Civil Veterinary Dept. Bombay admin report 1893-99 - 1893-1899
Year: 1893
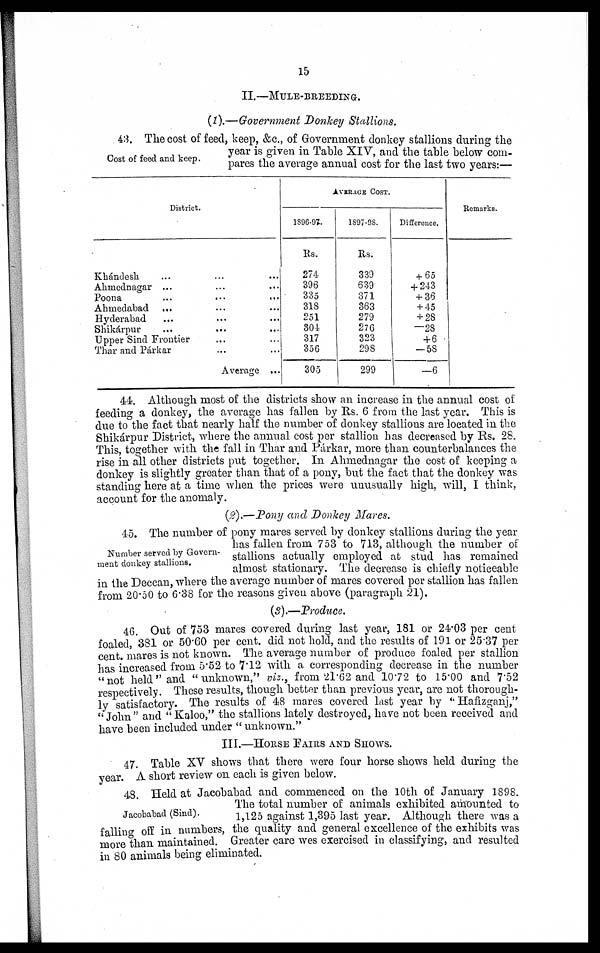
15
II.—MULE-BREEDING.
(1).—Government Donkey Stallions.
Cost of feed and keep.
43. The cost of feed, keep, &c., of Government donkey stallions during the
year is given in Table XIV, and the table below com-
pares the average annual cost for the last two years:—
District.
Khándesh ... ... ...
Ahmednagar ... ... ...
Poona
... ... ...
Ahmedabad ... ... ...
Hyderabad ... ... ...
Shikárpur ... ... ...
Upper Sind Frontier ... ...
Thar and Párkar ... ...
Average ...
AVERAGE COST.
1896-97.
Rs.
274
396
335
318
251
304
317
356
305
1897-98.
Rs.
339
639
371
363
279
276
323
298
299
Difference.
+ 65
+ 243
+ 36
+ 45
+ 28
—28
+ 6
—58
—6
Remarks.
44. Although most of the districts show an increase in the annual cost of
feeding a donkey, the average has fallen by Rs. 6 from the last year. This is
due to the fact that nearly half the number of donkey stallions are located in the
Shikárpur District, where the annual cost per stallion has decreased by Rs. 28.
This, together with the fall in Thar and Párkar, more than counterbalances the
rise in all other districts put together. In Ahmednagar the cost of keeping a
donkey is slightly greater than that of a pony, but the fact that the donkey was
standing here at a time when the prices were unusually high, will, I think,
account for the anomaly.
(2).—Pony and Donkey Mares.
Number served by Govern-
ment donkey stallions.
45. The number of pony mares served by donkey stallions during the year
has fallen from 753 to 713, although the number of
stallions actually employed at stud has remained
almost stationary. The decrease is chiefly noticeable
in the Deccan, where the average number of mares covered per stallion has fallen
from 20.50 to 6.38 for the reasons given above (paragraph 21).
(3).—Produce.
46. Out of 753 mares covered during last year, 181 or 24.03 per cent
foaled, 381 or 50.60 per cent. did not hold, and the results of 191 or 25.37 per
cent. mares is not known. The average number of produce foaled per stallion
has increased from 5.52 to 7.12 with a corresponding decrease in the number
"not held" and "unknown," viz., from 21.62 and 10.72 to 15.00 and 7.52
respectively. These results, though better than previous year, are not thorough-
ly satisfactory. The results of 48 mares covered last year by " Hafizganj,"
"John" and "Kaloo," the stallions lately destroyed, have not been received and
have been included under " unknown."
III.—HORSE FAIRS AND SHOWS.
47. Table XV shows that there were four horse shows held during the
year. A short review on each is given below.
Jacobabad (Sind).
48. Held at Jacobabad and commenced on the 10th of January 1898.
The total number of animals exhibited amounted to
1,125 against 1,395 last year. Although there was a
falling off in numbers, the quality and general excellence of the exhibits was
more than maintained. Greater care wes exercised in classifying, and resulted
in 80 animals being eliminated.